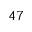
^ { 4 7 }